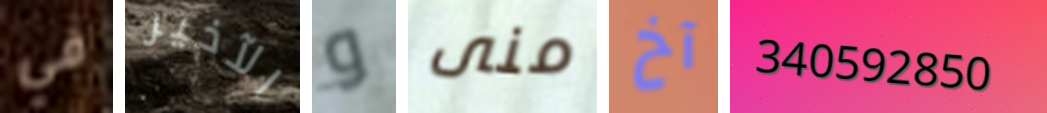
في الآخير و منى آخ 340592850